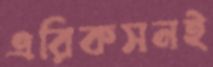
এরিকসনই